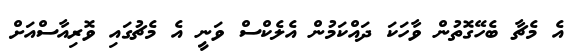
އެ މެޗާ ބެހޭގޮތުން ވާހަކަ ދައްކަމުން އެލެކްސް ވަނީ އެ މެޗުގައި ވޮރިއާސްއަށް